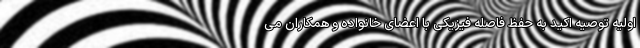
اولیه توصیه اکید به حفظ فاصله فیزیکی با اعضای خانواده و همکاران می